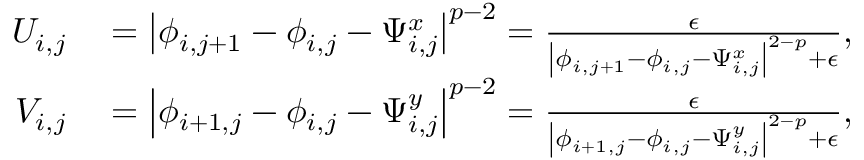
\begin{array} { r l } { U _ { i , j } } & { { } = \left\lvert \phi _ { i , j + 1 } - \phi _ { i , j } - \Psi _ { i , j } ^ { x } \right\rvert ^ { p - 2 } = \frac { \epsilon } { \left\lvert \phi _ { i , j + 1 } - \phi _ { i , j } - \Psi _ { i , j } ^ { x } \right\rvert ^ { 2 - p } + \epsilon } , } \\ { V _ { i , j } } & { { } = \left\lvert \phi _ { i + 1 , j } - \phi _ { i , j } - \Psi _ { i , j } ^ { y } \right\rvert ^ { p - 2 } = \frac { \epsilon } { \left\lvert \phi _ { i + 1 , j } - \phi _ { i , j } - \Psi _ { i , j } ^ { y } \right\rvert ^ { 2 - p } + \epsilon } , } \end{array}